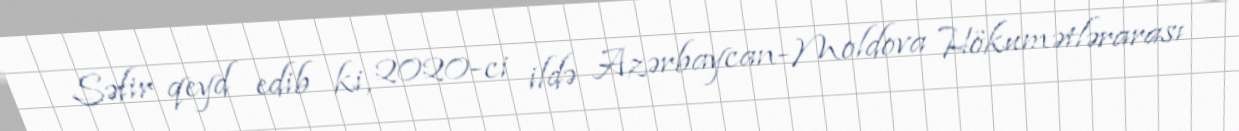
Səfir qeyd edib ki, 2020-ci ildə Azərbaycan-Moldova Hökumətlərarası